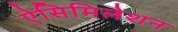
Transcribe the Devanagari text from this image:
ऐसिमिलेशन